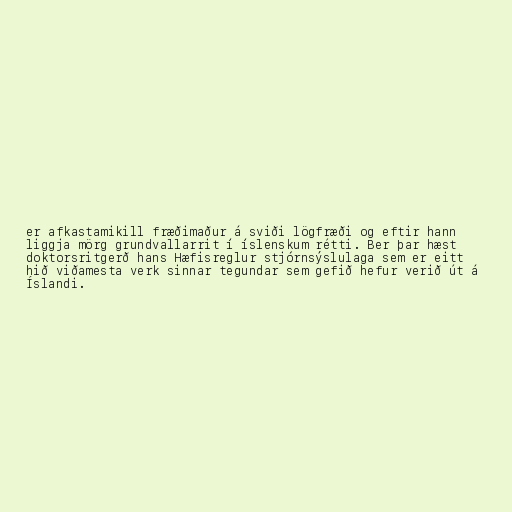
er afkastamikill fræðimaður á sviði lögfræði og eftir hann
liggja mörg grundvallarrit í íslenskum rétti. Ber þar hæst
doktorsritgerð hans Hæfisreglur stjórnsýslulaga sem er eitt
hið viðamesta verk sinnar tegundar sem gefið hefur verið út á
Íslandi.